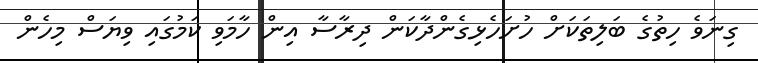
ގިނަވެ ހިތުގެ ބަލިތަކަށް ހުށަހެޅިގެންދާކަން ދިރާސާ އިން ހާމަވި ކަމުގައި ވިޔަސް މިހެން